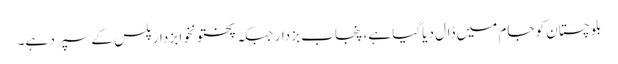
بلوچستان کو جام میں ڈال دیا گیا ہے، پنجاب بزدار جبکہ پختونخوا بزدار پلس کے سپرد ہے۔